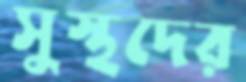
সুস্থদের